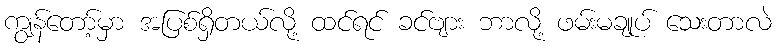
ကျွန်တော့်မှာ အပြစ်ရှိတယ်လို့ ထင်ရင် ခင်ဗျား ဘာလို့ ဖမ်းမချုပ် သေးတာလဲ